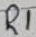
Text: R1